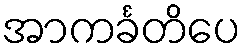
အာကင်္ခတိပေ